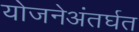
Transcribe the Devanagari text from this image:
योजनेअंतर्घत